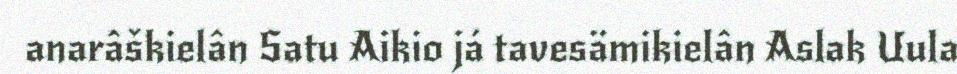
anarâškielân Satu Aikio já tavesämikielân Aslak Uula